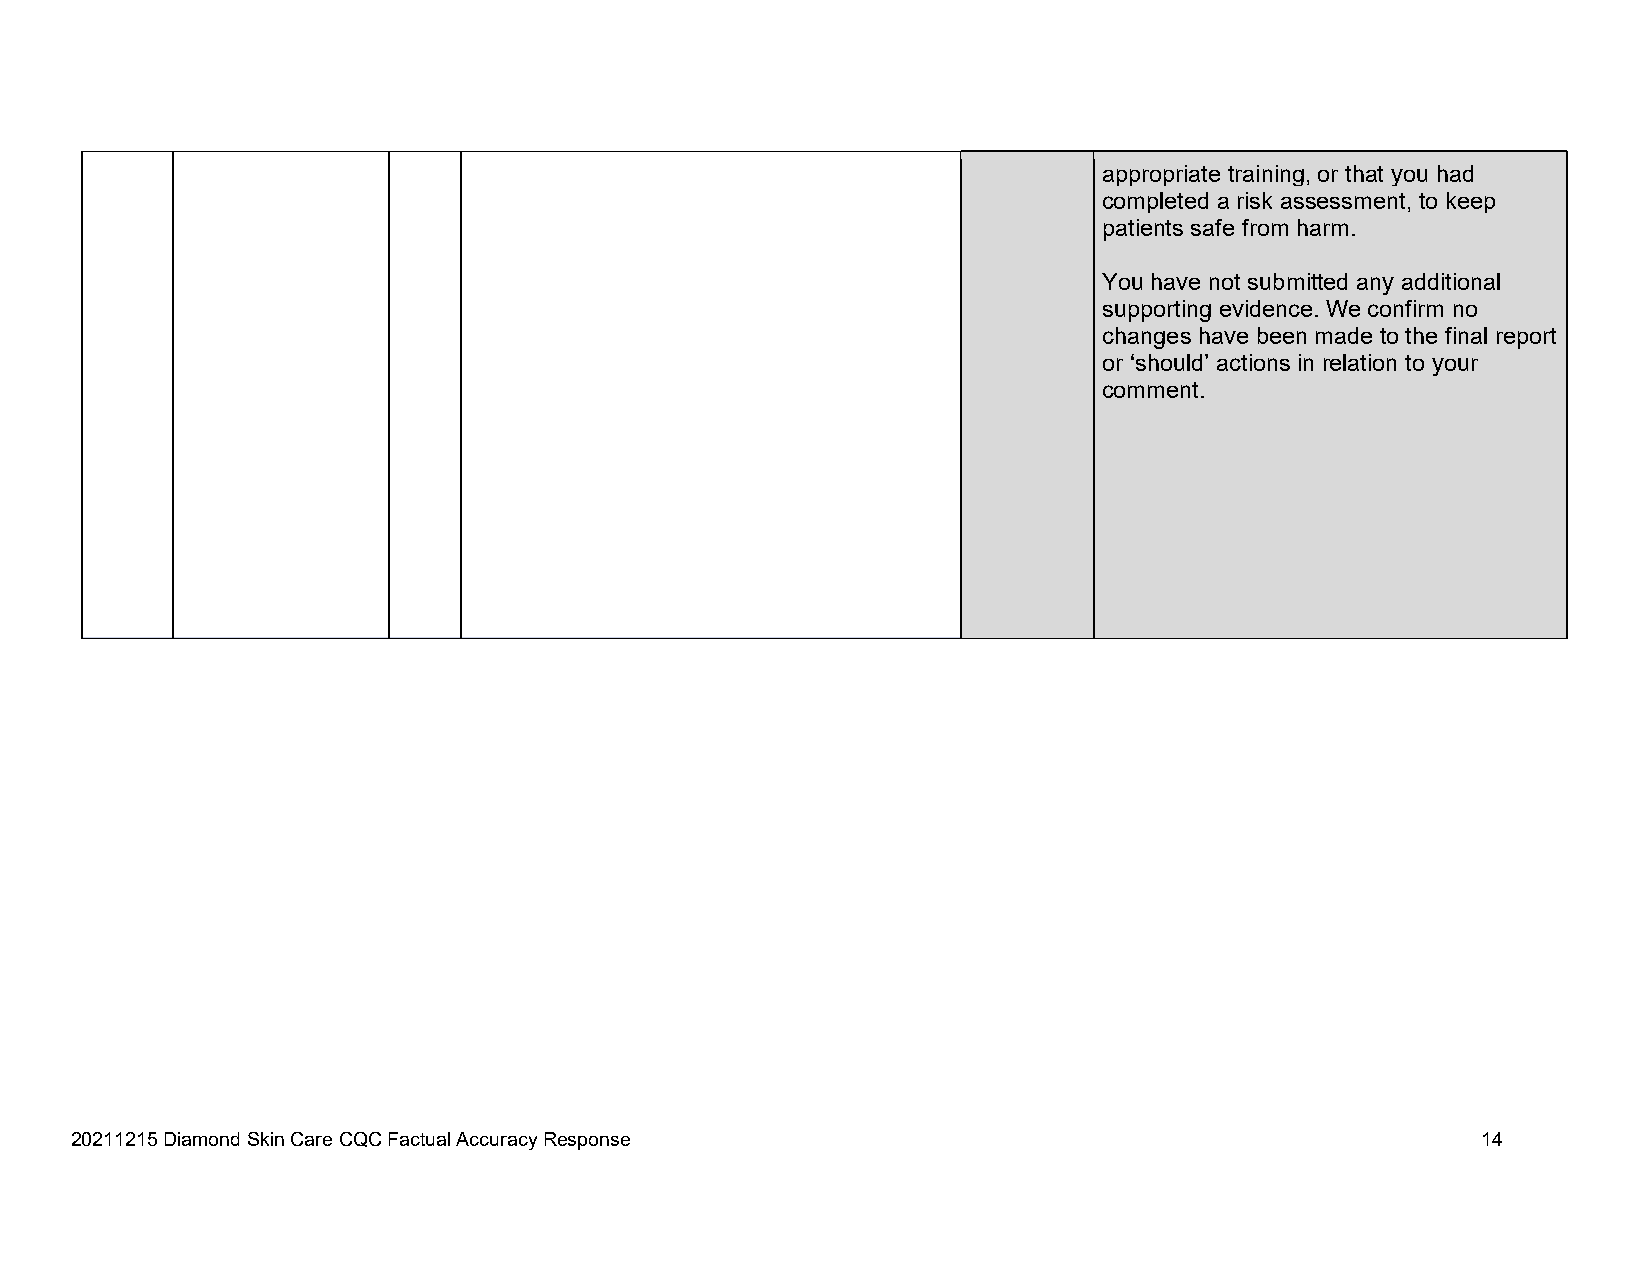
appropriate training, or that you had
 completed a risk assessment, to keep
 patients safe from harm.
 You have not submitted any additional
 supporting evidence. We confirm no
 changes have been made to the final report
 or ‘should’ actions in relation to your
 comment.
 20211215 Diamond Skin Care CQC Factual Accuracy Response                                     14